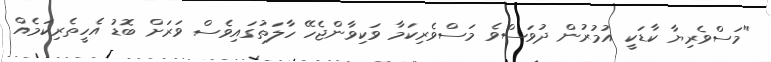
"މަސްވެރިޔާ ކާޑަކީ އުމުރުން ދުވަސްވެ މަސްވެރިކަމާ ވަކިވާންޖެހޭ ހާލަތުގައިވެސް ވަރަށް ބޮޑު އެހީތެރިކަމެއް